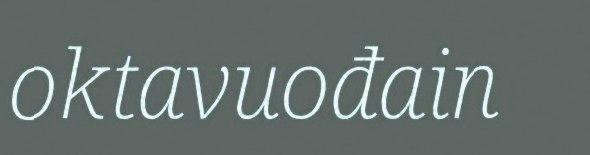
oktavuođain